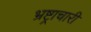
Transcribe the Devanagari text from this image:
भ्रष्ट्राचारी